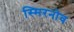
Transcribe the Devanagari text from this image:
स्मिरनोव